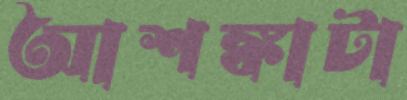
আশঙ্কাটা